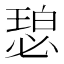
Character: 𬍾